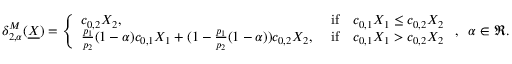
\begin{array} { r } { \delta _ { 2 , \alpha } ^ { M } ( \underline { { X } } ) = \left\{ \begin{array} { l l } { c _ { 0 , 2 } X _ { 2 } , } & { \mathrm { ~ i f } \quad c _ { 0 , 1 } X _ { 1 } \leq c _ { 0 , 2 } X _ { 2 } } \\ { \frac { p _ { 1 } } { p _ { 2 } } ( 1 - \alpha ) c _ { 0 , 1 } X _ { 1 } + ( 1 - \frac { p _ { 1 } } { p _ { 2 } } ( 1 - \alpha ) ) c _ { 0 , 2 } X _ { 2 } , } & { \mathrm { ~ i f } \quad c _ { 0 , 1 } X _ { 1 } > c _ { 0 , 2 } X _ { 2 } } \end{array} \right. , \; \; \alpha \in \Re . } \end{array}